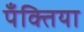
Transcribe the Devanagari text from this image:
पँक्तिया